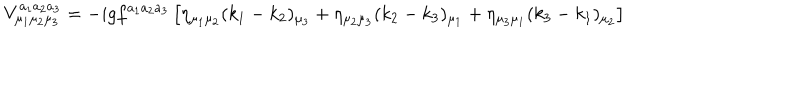
LaTeX: V _ { \mu _ { 1 } \mu _ { 2 } \mu _ { 3 } } ^ { a _ { 1 } a _ { 2 } a _ { 3 } } = - i g f ^ { a _ { 1 } a _ { 2 } a _ { 3 } } \left[ \eta _ { \mu _ { 1 } \mu _ { 2 } } ( k _ { 1 } - k _ { 2 } ) _ { \mu _ { 3 } } + \eta _ { \mu _ { 2 } \mu _ { 3 } } ( k _ { 2 } - k _ { 3 } ) _ { \mu _ { 1 } } + \eta _ { \mu _ { 3 } \mu _ { 1 } } ( k _ { 3 } - k _ { 1 } ) _ { \mu _ { 2 } } \right]